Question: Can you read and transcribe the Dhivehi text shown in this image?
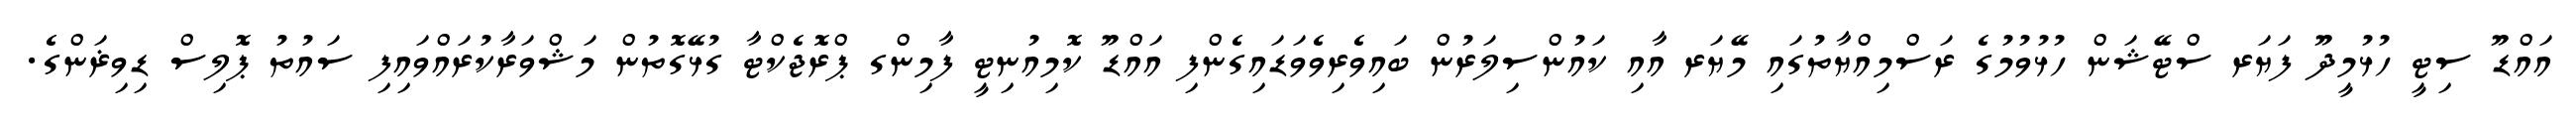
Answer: އައްޑޫ ސިޓީ ހުޅުމީދޫ ފަޔަރ ސްޓޭޝަން ހުޅުވުމުގެ ރަސްމިއްޔާތުގައި މޭޔަރ އާއި ކައުންސިލަރުން ބައިވެރިވެވަޑައިގެންފި އައްޑޫ ކޮމިއުނިޓީ ފާމިންގ ޕްރޮޖެކްޓާ ގުޅޭގޮތުން މަޝްވަރާކުރައްވައިފި ސައުތު ޕޮލިސް ޑިވިޜަންގެ.